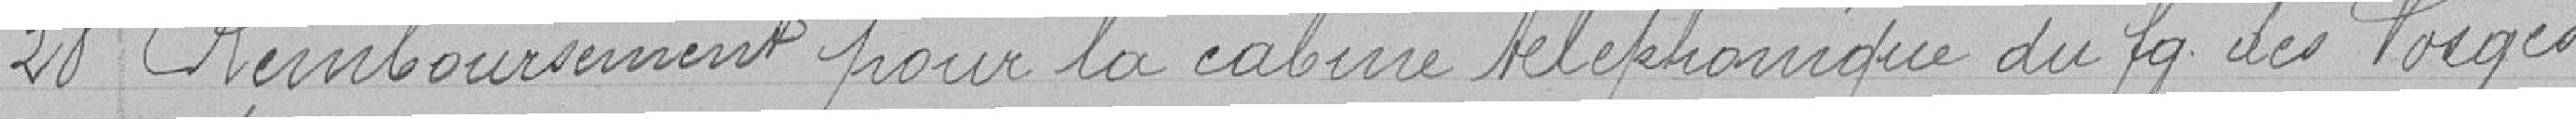
28 - Remboursement pour la cabine téléphonique du fg  des Vosges